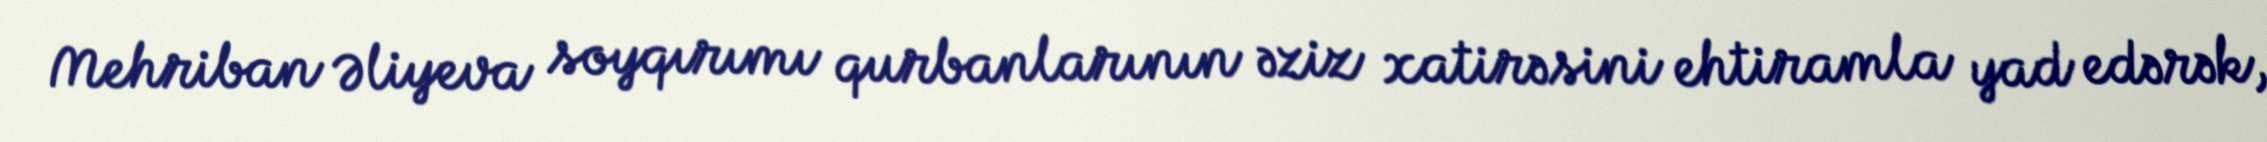
Mehriban Əliyeva soyqırımı qurbanlarının əziz xatirəsini ehtiramla yad edərək,